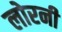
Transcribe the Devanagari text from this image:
लोरनी